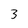
Character: 3